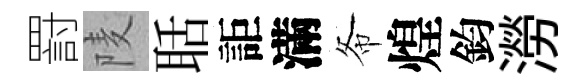
罸𨹧聒詎滿𢁙煌鈞澇